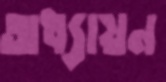
অধ্যায়ন